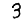
Digit: 3